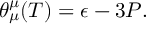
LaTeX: \theta _ { \mu } ^ { \mu } ( T ) = \epsilon - 3 P .